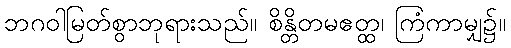
ဘဂဝါမြတ်စွာဘုရားသည်။ စိန္တိတမဧတ္ထ၊ ကြံကာမျှ၌။